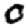
Digit: 0